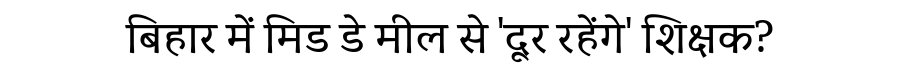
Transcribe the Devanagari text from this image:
बिहार में मिड डे मील से 'दूर रहेंगे' शिक्षक?